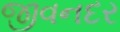
જીવનદર